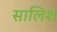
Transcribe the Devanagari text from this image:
सालिश